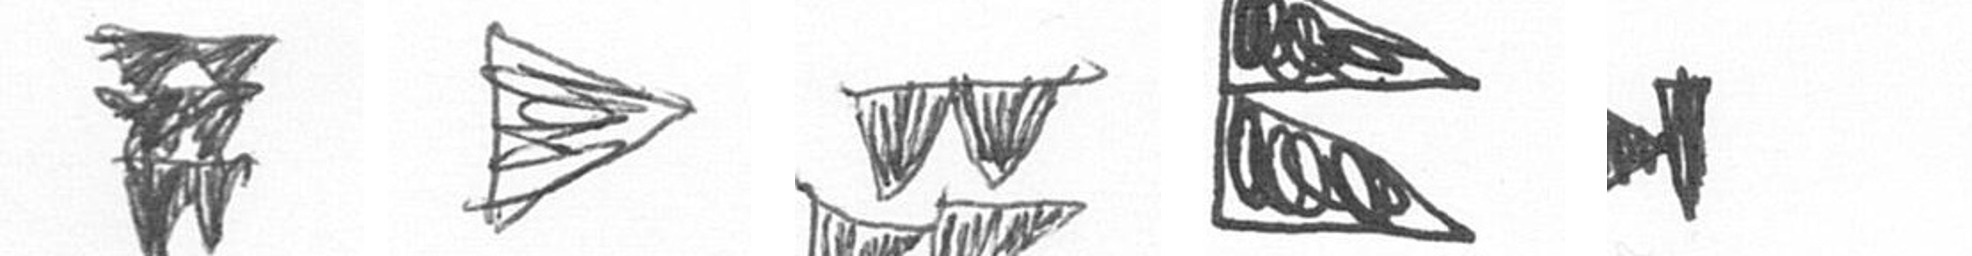
Y T B P M